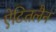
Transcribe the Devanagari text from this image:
ऐटितलैन